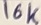
Text: 16K